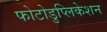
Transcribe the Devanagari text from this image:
फोटोडुप्लिकेशन